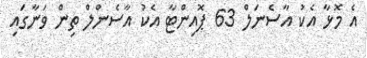
އެ މޮޅާ އެކު އާސެނަލް 63 ޕޮއިންޓާ އެކު އާސެންލް ތިން ވަނާގައި